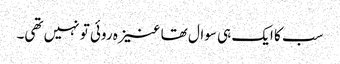
سب کا ایک ہی سوال تھا عنیزہ روئی تو نہیں تھی۔